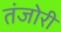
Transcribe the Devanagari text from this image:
तंजोरी